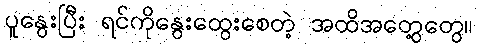
ပူနွေးပြီး ရင်ကိုနွေးထွေးစေတဲ့ အထိအတွေ့တွေ။